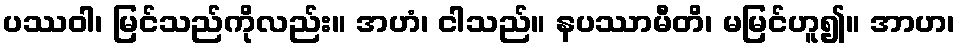
ပဿဝါ၊ မြင်သည်ကိုလည်း။ အဟံ၊ ငါသည်။ နပဿာမီတိ၊ မမြင်ဟူ၍။ အာဟ၊